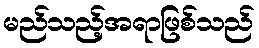
မည်သည့်အရာဖြစ်သည်